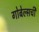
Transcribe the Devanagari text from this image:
गोबेल्सची